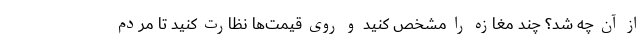
از آن چه شد؟ چند مغازه را مشخص کنید و روی قیمت‌ها نظارت کنید تا مردم